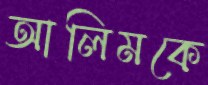
আলিমকে